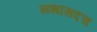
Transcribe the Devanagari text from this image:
सभासदच